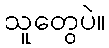
သူတွေပဲ။